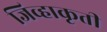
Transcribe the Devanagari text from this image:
जिव्हाकृती